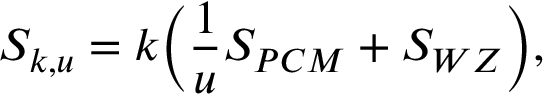
S _ { k , u } = k \Big ( { \frac { 1 } { u } } S _ { P C M } + S _ { W Z } \Big ) ,